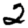
Digit: 2